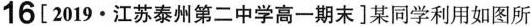
16 [2019.江苏泰州第二中学高一期末]某同学利用如图所